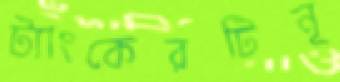
ট্যাংকেরটিনূ